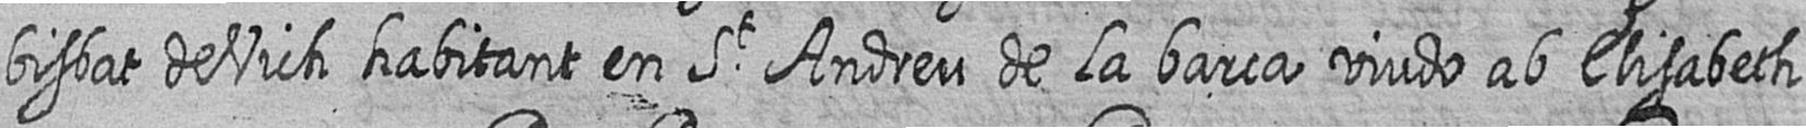
bisbat de Vich habitant en St Andreu de La barca viudo ab Elisabeth